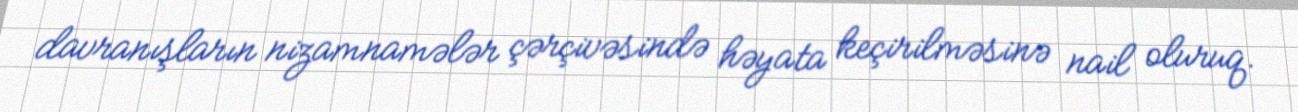
davranışların nizamnamələr çərçivəsində həyata keçirilməsinə nail oluruq.